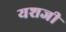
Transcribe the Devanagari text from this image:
यशजी